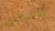
تحصلين